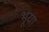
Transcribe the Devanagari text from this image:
भूया